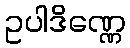
ဥပါဒိဏ္ဏေ